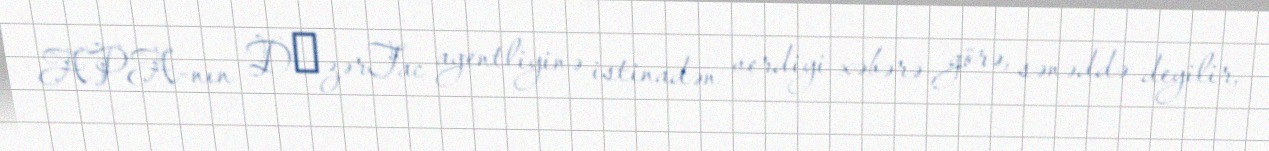
APA-nın ÐzərTac agentliyinə istinadən verdiyi xəbərə görə, sənəddə deyilir,